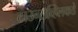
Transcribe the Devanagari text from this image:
टाउन्सव्हिलकडे